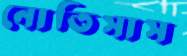
নোতিসাস